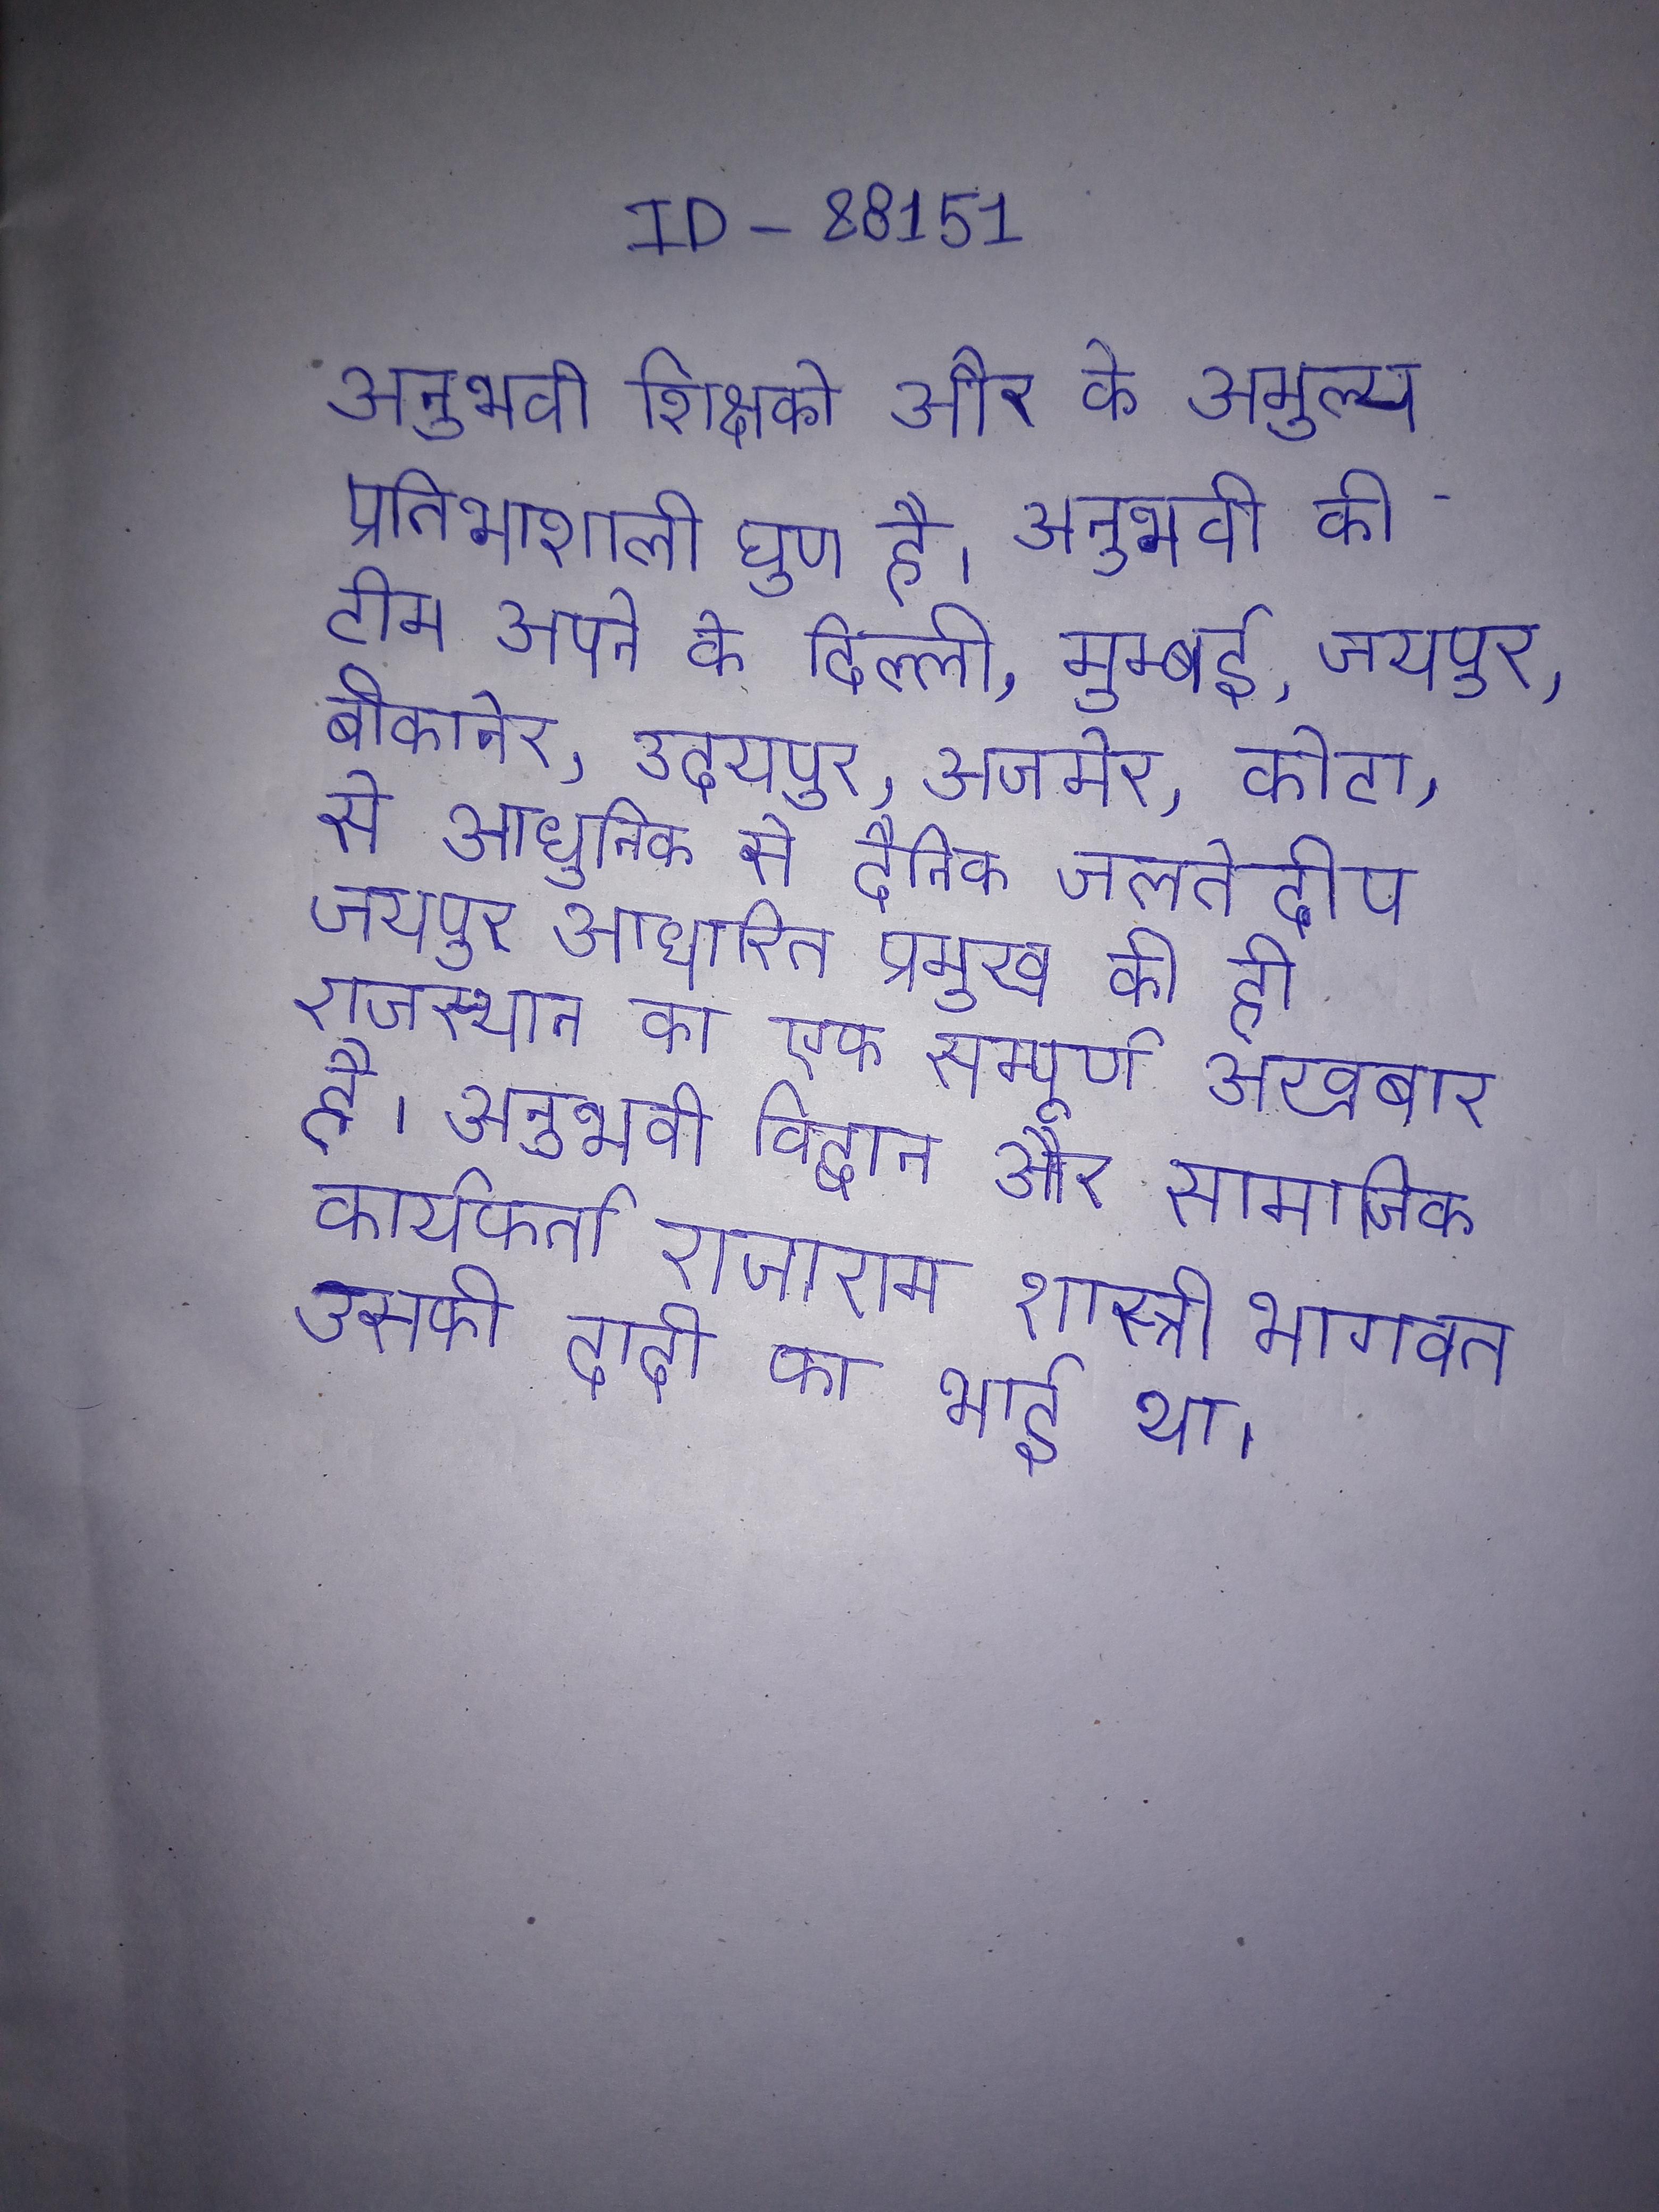
अनुभवी शिक्षको और के अमुल्य प्रतिभाशाली घुण है । अनुभवी की टीम अपने के दिल्ली, मुम्बई, जयपुर, बीकानेर, उदयपुर, अजमेर, कोटा, से आधुनिक से दैनिक जलतेदीप जयपुर आधारित प्रमुख की ही राजस्थान का एक सम्पूर्ण अखबार है । अनुभवी विद्वान और सामाजिक कार्यकर्ता राजाराम शास्त्री भागवत उसकी दादी का भाई था ।